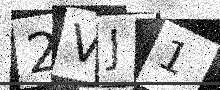
Text: 2VJ1